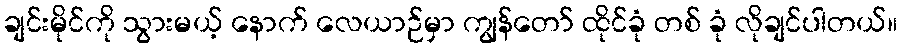
ချင်းမိုင်ကို သွားမယ့် နောက် လေယာဉ်မှာ ကျွန်တော် ထိုင်ခုံ တစ် ခုံ လိုချင်ပါတယ်။